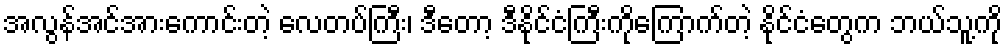
အလွန်အင်အားကောင်းတဲ့ လေတပ်ကြီး၊ ဒီတော့ ဒီနိုင်ငံကြီးကိုကြောက်တဲ့ နိုင်ငံတွေက ဘယ်သူ့ကို